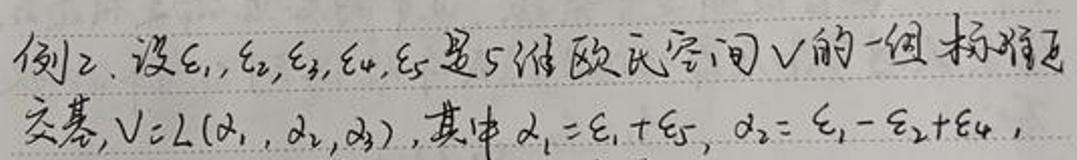
例 2. 设$\varepsilon_1,\varepsilon_2,\varepsilon_3,\varepsilon_4,\varepsilon_5$是 5 维欧氏空间$V$的一组标准正交基，$V = L(\alpha_1,\alpha_2,\alpha_3)$，其中$\alpha_1=\varepsilon_1+\varepsilon_5$，$\alpha_2=\varepsilon_1 - \varepsilon_2+\varepsilon_4$，